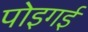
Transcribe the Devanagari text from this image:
पोइगई